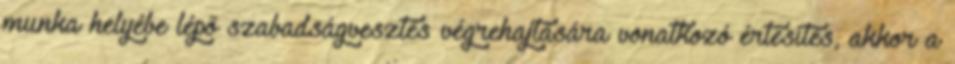
munka helyébe lépő szabadságvesztés végrehajtására vonatkozó értesítés, akkor a